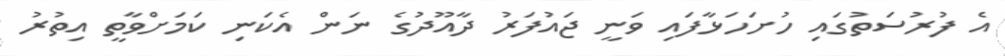
އެ ފުރުސަތުގައި ހުށަހަޅާފައި ވަނީ ޖައުފަރު ދާއޫދުގެ ނަން އެކަނި ކަމަށްވާތީ އިތުރު